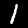
Label: 1